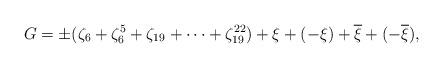
LaTeX: \begin{align*}G=\pm(\zeta_{6}+\zeta_{6}^{5}+\zeta_{19}+\cdots+\zeta_{19}^{22})+\xi+(-\xi)+\overline{\xi}+(-\overline{\xi}),\end{align*}